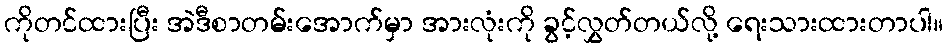
ကိုတင်ထားပြီး အဲဒီစာတမ်းအောက်မှာ အားလုံးကို ခွင့်လွှတ်တယ်လို့ ရေးသားထားတာပါ။